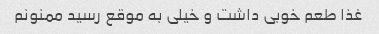
غذا طعم خوبی داشت و خیلی به موقع رسید ممنونم